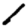
Digit: 1